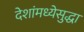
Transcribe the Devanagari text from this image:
देशांमध्येसुद्धा